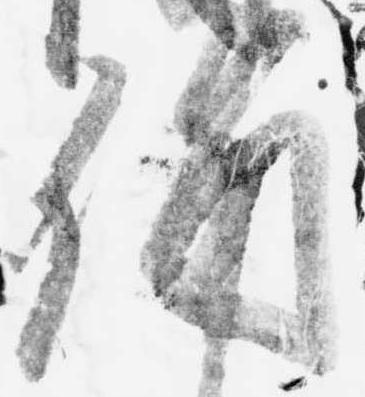
備